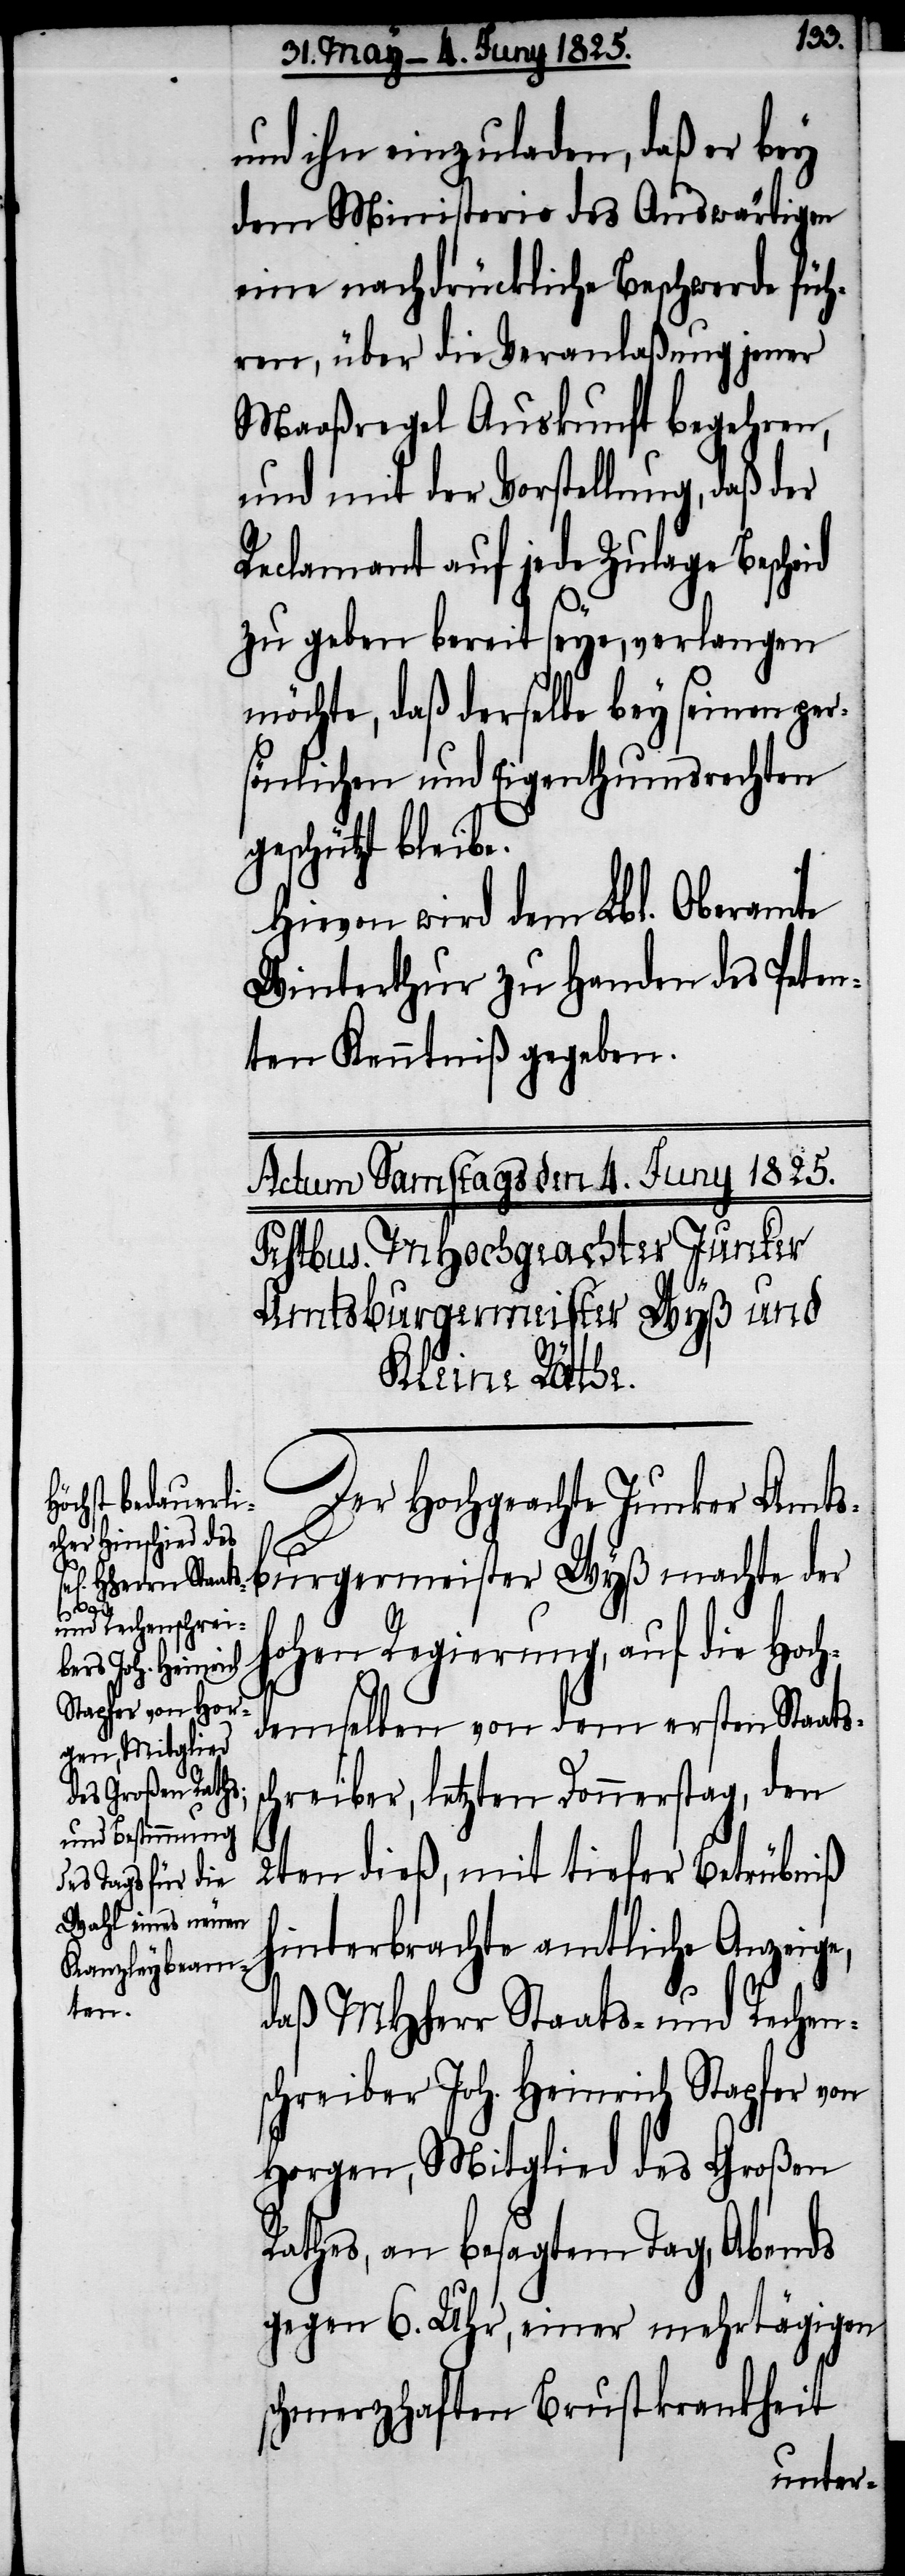
s¬

und ihn einzuladen, daß er bey
dem Ministerio des Auswärtigen
eine nachdrückliche Beschwerde füh¬
ren, über die Veranlaßung jener
Maaßregel Auskunft begehren,
und mit der Vorstellung, daß der
Reclamant auf jede Zulage Bescheid
zu geben bereit seye, verlangen
möchte, daß derselbe bey seinen per¬
sönlichen und Eigenthumsrechten
geschützt bleibe.
Hievon wird dem Lbl. Oberamte
Winterthur zu Handen des Peten¬
ten Kenntniß gegeben.
Der Hochgeachte Junker Amts¬
burgermeister Wyß machte der
hohen Regierung, auf die Hoch¬
demselben von dem ersten Staats¬
chreiber, letzten Donnerstag, den
2ten dieß, mit tiefer Betrübniß
hinterbrachte amtliche Anzeige,
daß MHHerr Staats- und Rechen¬
schreiber Joh. Heinrich Stapfer von
Horgen, Mitglied des Großen
Rathes, an besagtem Tag, Abends
gegen 6. Uhr, einer mehrtägigen
schmerzhaften Brustkrankheit